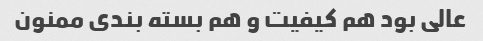
عالی بود هم کیفیت و هم بسته بندی ممنون